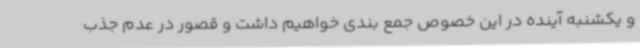
و یکشنبه آینده در این خصوص جمع بندی خواهیم داشت و قصور در عدم جذب